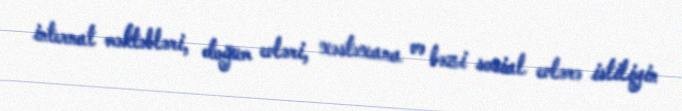
internat məktəbləri, doğum evləri, xəstəxana və bəzi sosial evlərə istiliyin